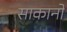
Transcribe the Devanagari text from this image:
साकानो